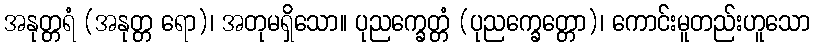
အနုတ္တရံ (အနုတ္တ ရော)၊ အတုမရှိသော။ ပုညက္ခေတ္တံ (ပုညက္ခေတ္တော)၊ ကောင်းမူတည်းဟူသော